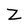
Character: Z